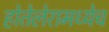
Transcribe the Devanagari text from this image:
होतेलेरामध्येच